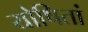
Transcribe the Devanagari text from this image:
योषितां